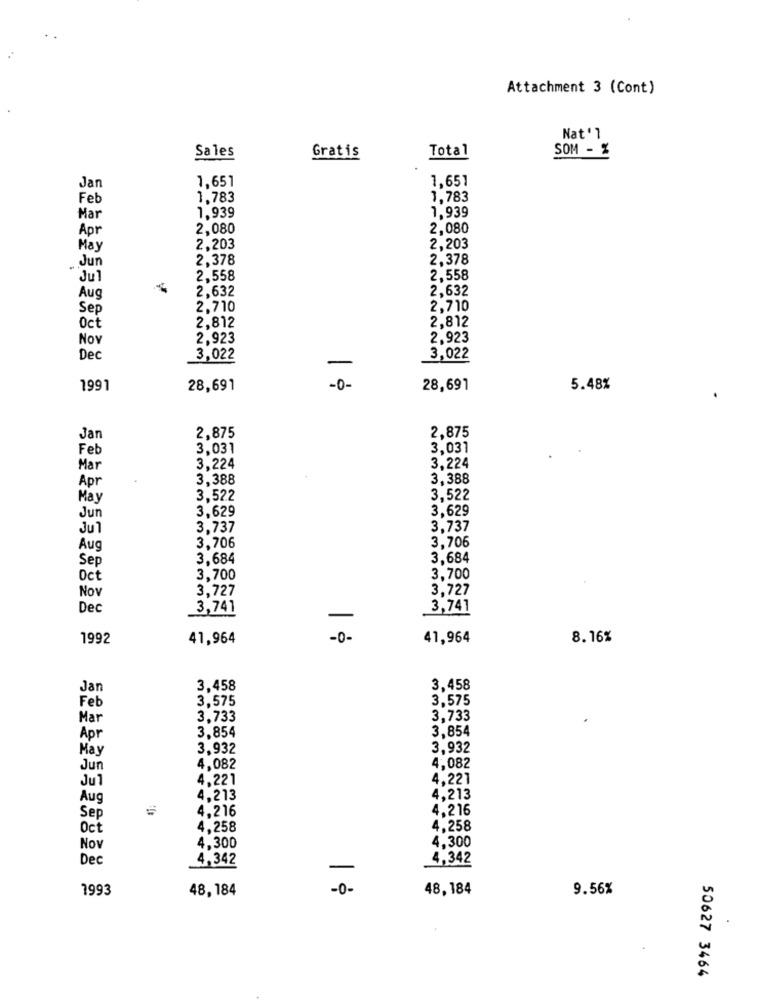
Attachment 3 (Cont)
Nat'l
Total
SOM - %
Sales
Gratis
1,651
1,651
Jan
Feb
1.783
1.783
1.939
1.939
Mar
Apr
2,080
2,080
May
2,203
2,203
Jun
2,378
2.378
Jul
2,558
2,558
2,632
2.632
Aug
Sep
2,710
2,710
2,812
2.812
Oct
Now
2,923
2,923
Dec
3,022
3,022
1991
28,691
-0-
28,691
5.48%
Jan
2,875
2,875
Feb
3,031
3,031
3,224
Mar
3,224
Apr
3,388
3,388
May
3,522
3,522
3,629
3,629
Jun
Ju 1
3,737
3,737
3,706
Aug
3,706
Sep
3,684
3.684
Oct
3,700
3,700
Now
3,727
3,727
Dec
3,741
3,741
1992
41,964
-0-
41,964
8.16%
Jan
3,458
3.458
Feb
3,575
3,575
Mar
3,733
3.733
3.854
3.854
Apr
May
3,932
3,932
Jun
4,082
4,082
Jul
4.221
4.221
Aug
4,213
4.213
4,216
4.216
Sep
Oct
4,258
4.258
4,300
Nov
4,300
Dec
4,342
4,342
1993
48,184
48,184
9.56%
50627 3464